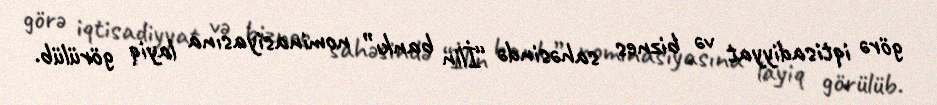
görə iqtisadiyyat və biznes sahəsində “İlin bankı” nominasiyasına layiq görülüb.